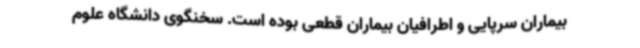
بیماران سرپایی و اطرافیان بیماران قطعی بوده است. سخنگوی دانشگاه علوم